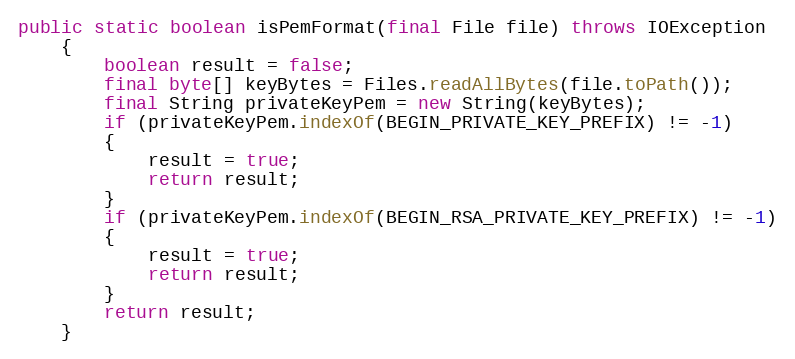
Language: Java
public static boolean isPemFormat(final File file) throws IOException
	{
		boolean result = false;
		final byte[] keyBytes = Files.readAllBytes(file.toPath());
		final String privateKeyPem = new String(keyBytes);
		if (privateKeyPem.indexOf(BEGIN_PRIVATE_KEY_PREFIX) != -1)
		{
			result = true;
			return result;
		}
		if (privateKeyPem.indexOf(BEGIN_RSA_PRIVATE_KEY_PREFIX) != -1)
		{
			result = true;
			return result;
		}
		return result;
	}